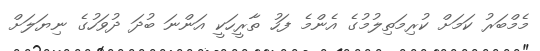
މެމްބަރު ކަމަށް ކުރިމަތިލުމުގެ އެންމެ ފަހު ތާރީހަކީ އަންނަ ބުދަ ދުވަހުގެ ނިޔަލަށް